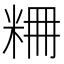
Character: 𥹤